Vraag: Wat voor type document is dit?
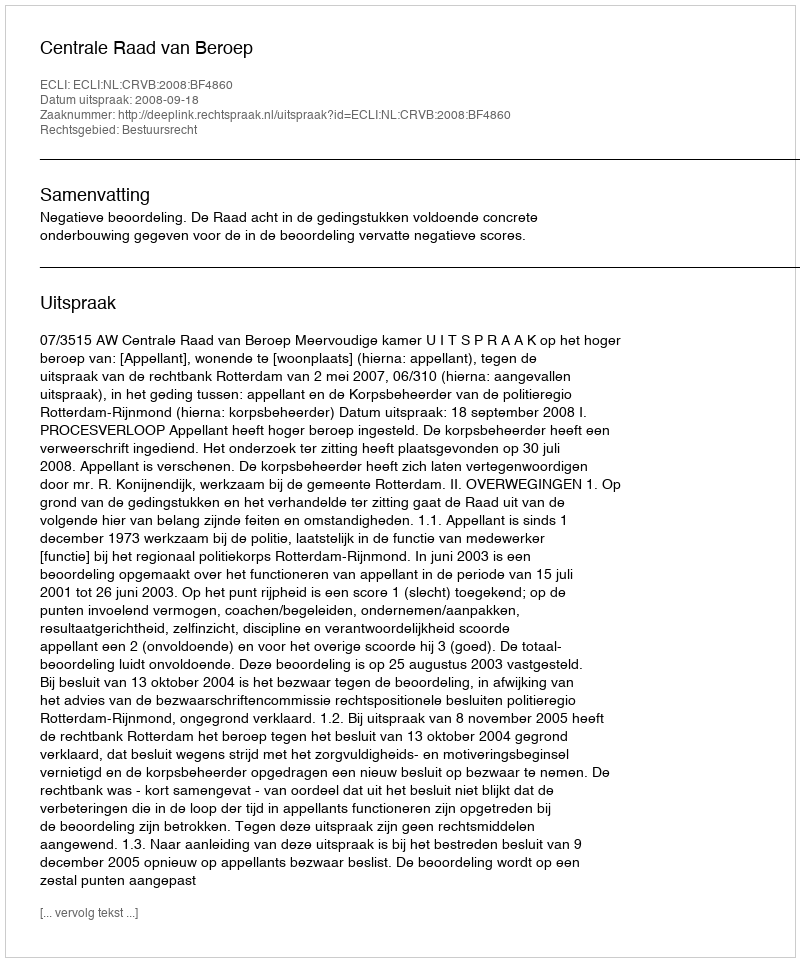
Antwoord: Uitspraak